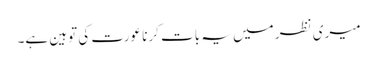
میری نظر میں یہ بات کرنا عورت کی توہین ہے۔